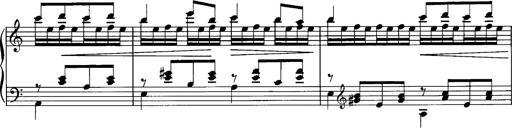
Title: La romanesca
Composer: Franz Liszt